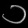
Digit: ၁